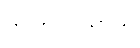
တတြူပါယာယ